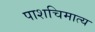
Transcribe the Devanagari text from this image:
पाशचिमात्य